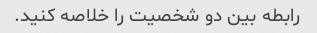
رابطه بین دو شخصیت را خلاصه کنید.